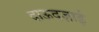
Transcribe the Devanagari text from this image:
दाऊदज़ाई